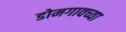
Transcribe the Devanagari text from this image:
डोमगावच्या